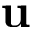
\mathbf { u }